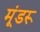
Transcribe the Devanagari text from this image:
मूंडरू